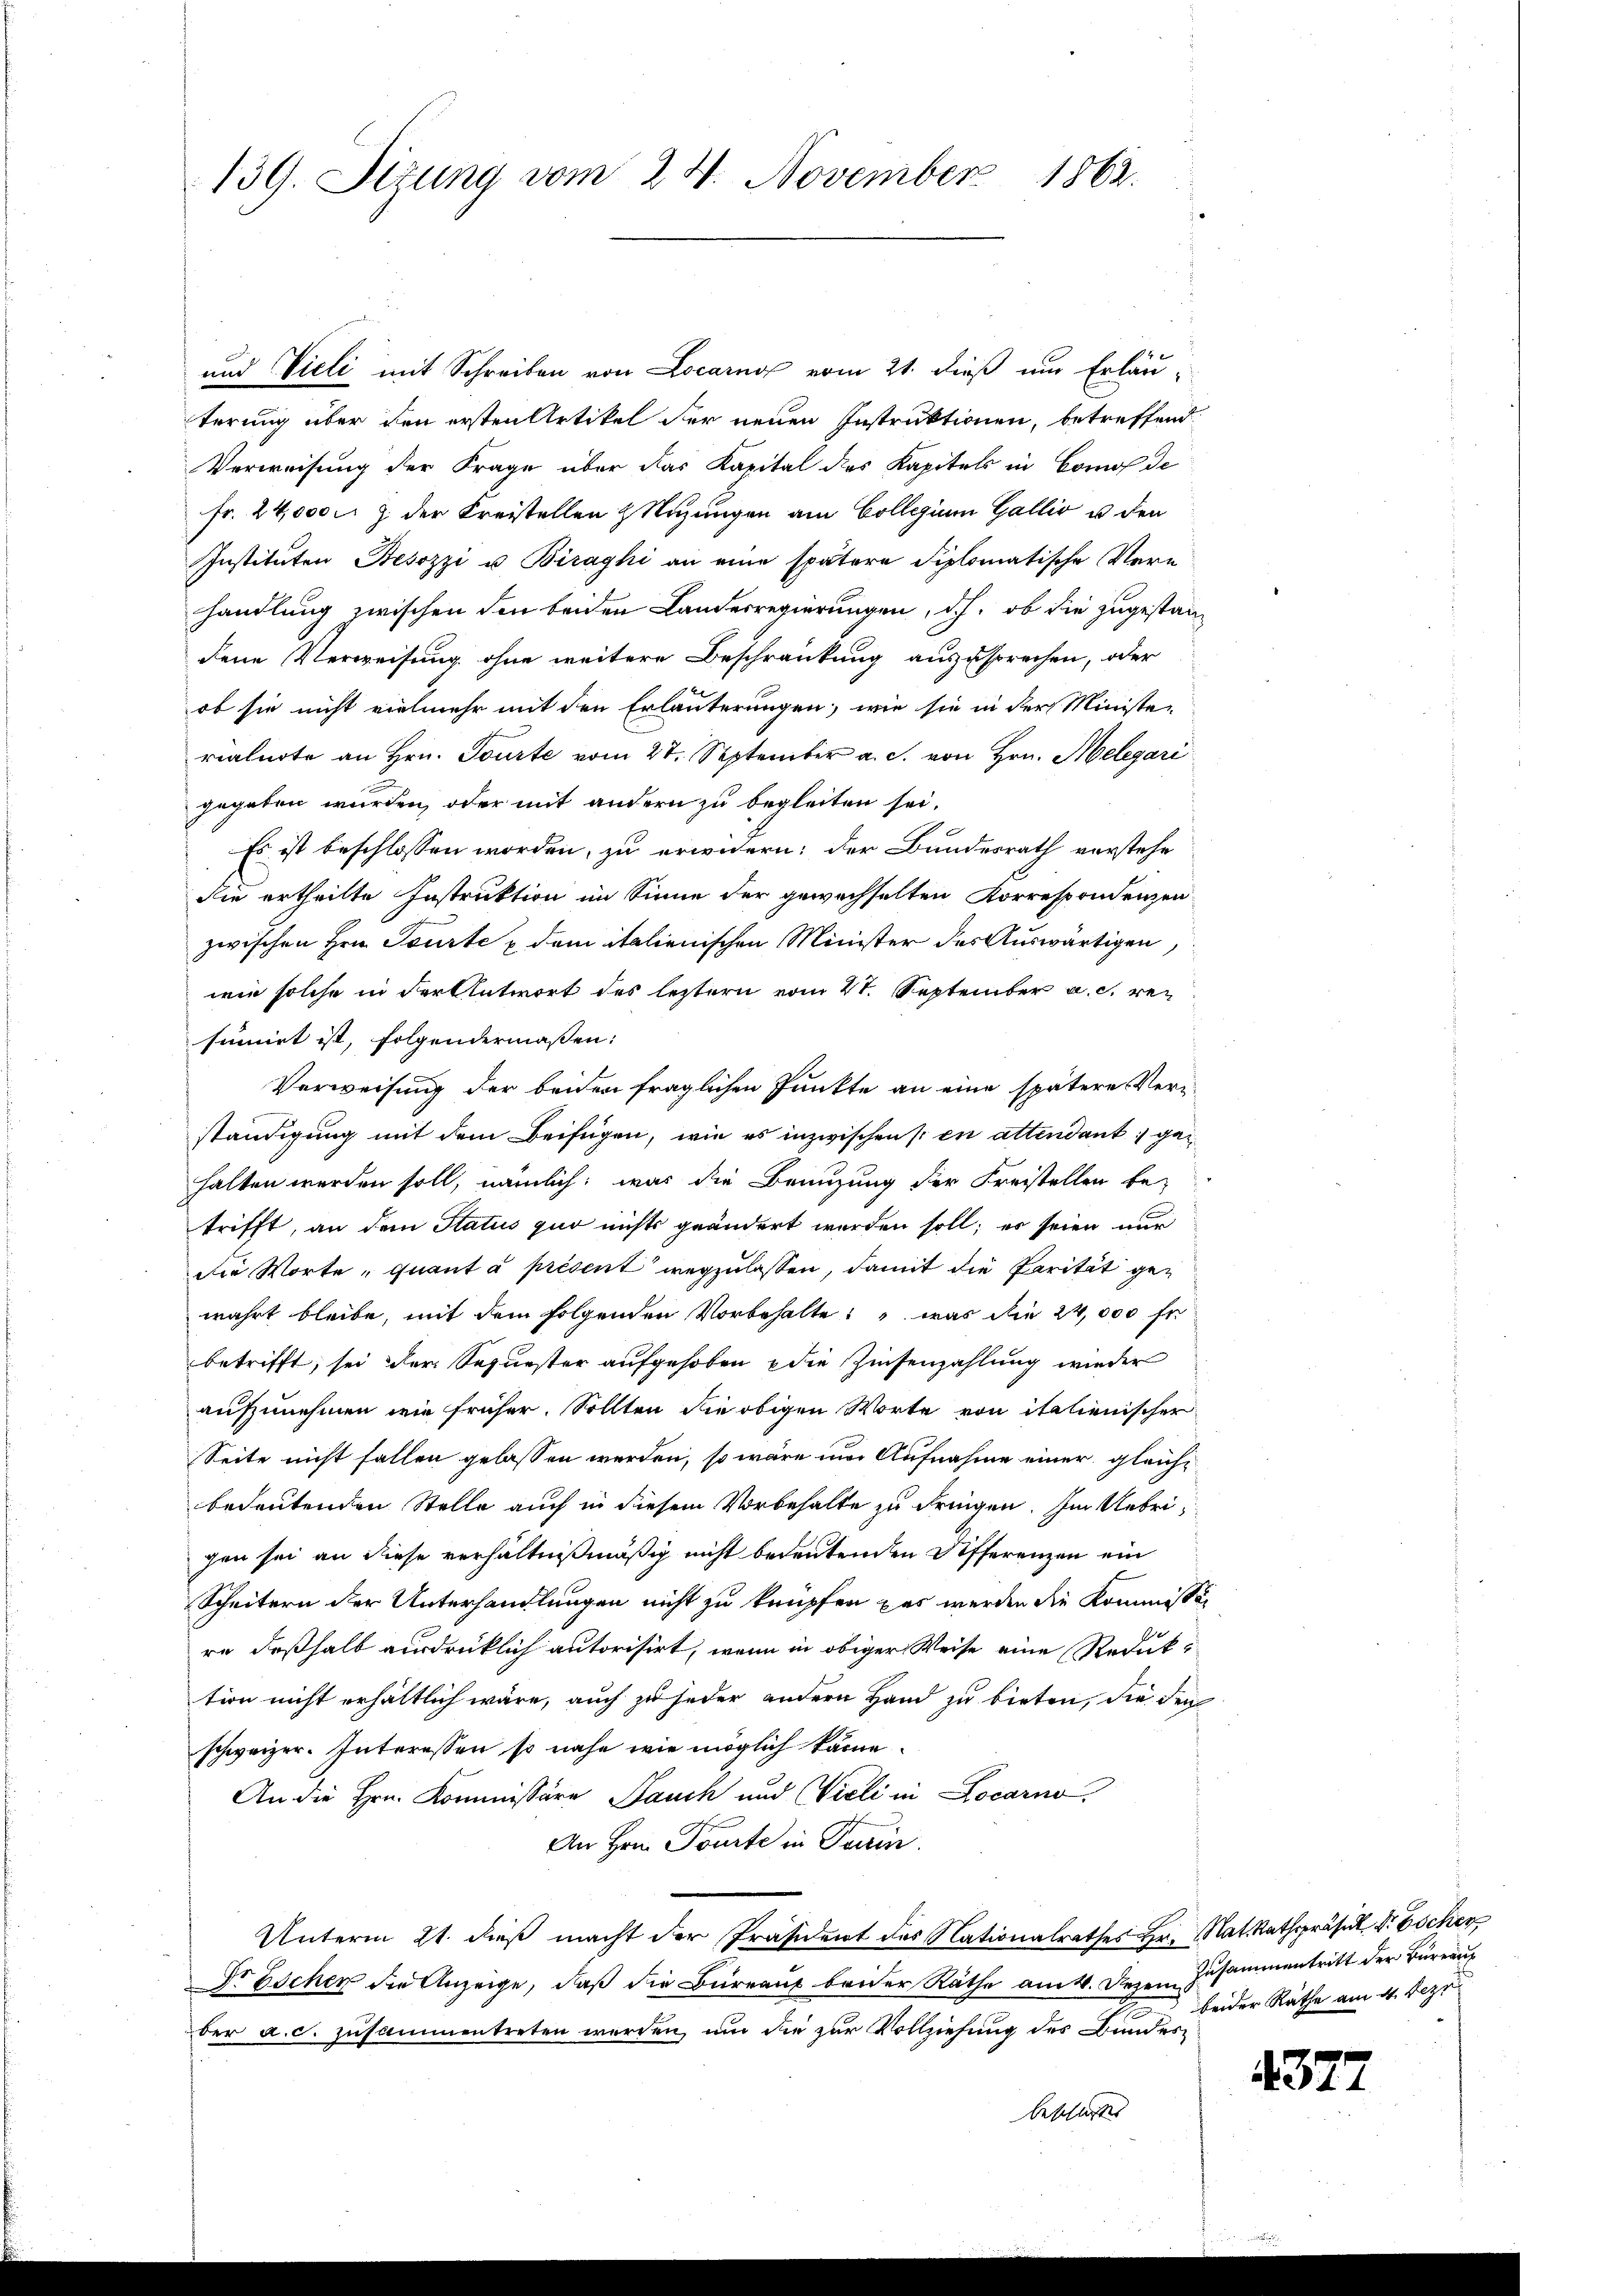
1862.
139. Sizung vom 24. November

und Vieli mit Schreiben von Locarno vom 21. dieß um Erläu-
terung über den ersten Artikel der neuen Instruktionen, betreffend.
Verweisung der Frage über das Kapital des Kapitels in Comode
fr. 24,000 M . der Kreistellen Nutzungen am Collegium Gallis u den
Instituten Besozzi u. Biraghi an eine spätere diplomatische Vern
handlung zwischen den beiden Landesregierungen, d.h. ob die zugestandene Verweisung ohne weitere Beschränkung auszusprechen, oder
ob sie nicht vielmehr mit den Erläuterungen, wie sie in der Ministe-
ralnote an Hrn. Tourte vom 27. September a. c. von Hrn. Melegari
gegeben wurden, oder mit andern zu begleiten sei.
Es ist beschlossen worden, zu erwidern: der Bundesrath vorstehe
die ertheilte Instruktion im Sinne der gewechselten Korrespondenzen
zwischen Hrn. Tourte & dem italienischen Minister des Auswärtigen
wie solche in der Antwort des leztern vom 21. September a. c. resinnirt ist, folgendermassen:
Verweisung der beiden fraglichen Punkte an eine spätere Verständigung mit dem Beifügen, wie es inzwischen (: en attendant :/ gehalten werden soll, nämlich; was die Brünzung der Freistellen betrifft, an dem Status quo nichts geändert werden soll; es seien nur
Die Worte „quant à présent wegzulassen, damit die Parität gewahrt bleibe, mit dem folgenden Vorbehalte, was die 24,000 f
betrifft, sei der Sequester aufgehoben die Zinsenzahlung wieder
aufzunehmen wie früher. Sollten die obigen Worte von italienischer
Seite nicht fallen gelassen werden, so wäre nur Aufnahme einer gleichbedeutenden Stelle auch in diesem Vorbehalte zu dringen. Im Uebrigen sei an diese verhältnißmäßig nicht bedeutenden Differenzen ein
Scheitern der Unterhandlungen nicht zu knüpfen das werden die Kommissor
re deßhalb ausdrücklich autorisirt, wenn in obiger Weise eine Redukt
tion nicht erhältlich wäre, auch zu jeder andern Hand zu bieten, die den
schweizer. Interessen so nahe wie möglich käme.
An die Hrn. Kommissäre Bauch und Vieli in Locarno,
An Hrn. Toute in Parein.
Unterm 21. dieβ macht der Präsident des Nationalrathes Hr. Mat Rathspräsid. Dr Eschen
Dr Escher die Anzeige, daß die Bürrauf beider Räthe am 4. Dezem
ber a.c. zusammentreten worden, und die zur Vollziehung des Bundesbeschlossen |

Zusammentritt der Büreau
beider Räthe am 4. Deze

4377